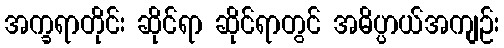
အက္ခရာတိုင်း ဆိုင်ရာ ဆိုင်ရာတွင် အဓိပ္ပာယ်အကျဉ်း